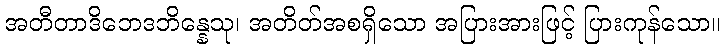
အတီတာဒိဘေဒဘိန္နေသု၊ အတိတ်အစရှိသော အပြားအားဖြင့် ပြားကုန်သော။